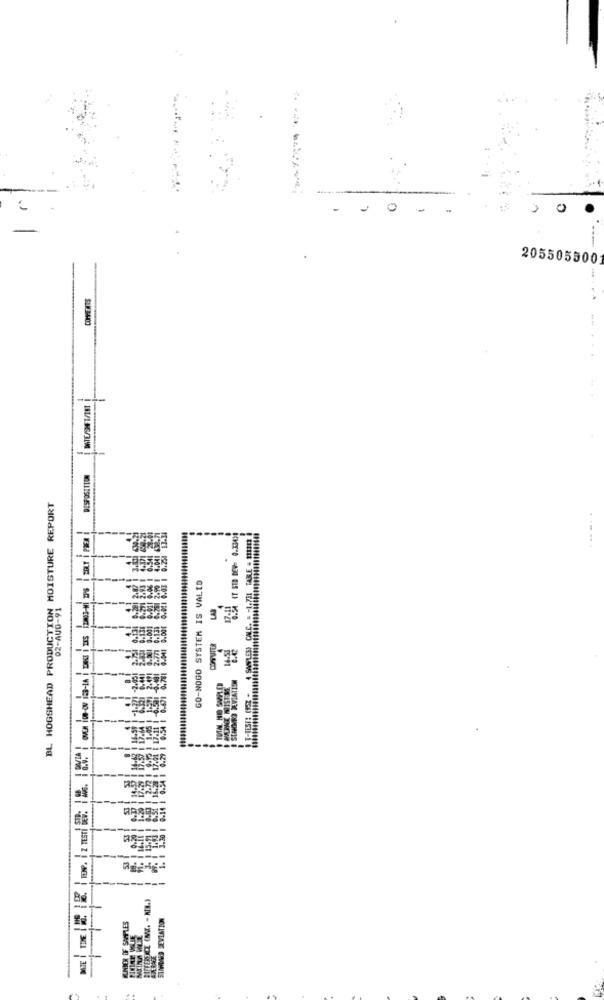
-
205505500
11/185/390
BL HOGSHEAD PRODUCTION MOISTURE REPORT
-
GO-NOGO SYSTEM IS VALID
-
M
-
16-0nv-30
O WAS ON WINI
STANDARD DEVIATION